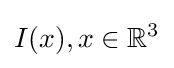
I(x),x\in {\mathbb {R} }^{3}